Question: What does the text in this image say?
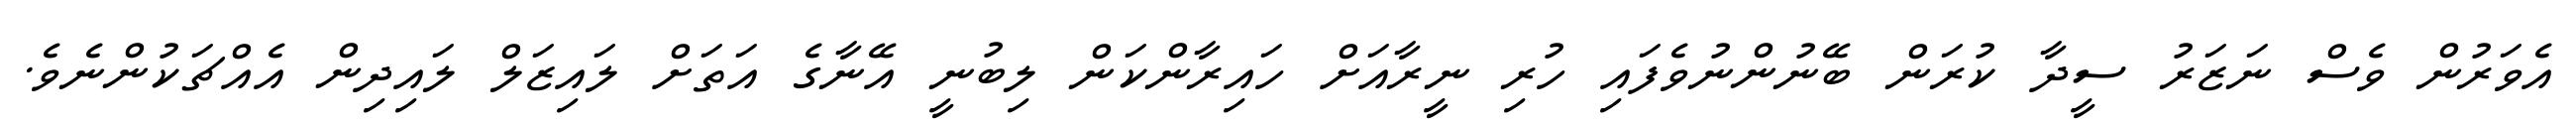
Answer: އެވަރުން ވެސް ނަޒަރު ސީދާ ކުރަން ބޭނުންނުވެފައި ހުރި ނީރާއަށް ހައިރާންކަން ލިބުނީ އޭނާގެ އަތަށް ލައިޒަލް ލައިދިން އެއްޗަކުންނެވެ.